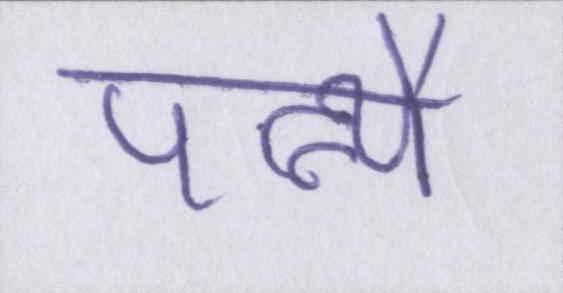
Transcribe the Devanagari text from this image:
पत्न्यै